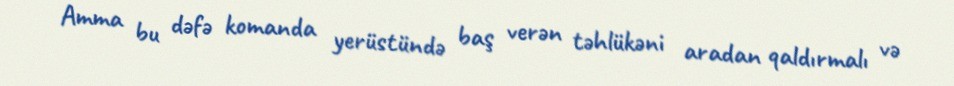
Amma bu dəfə komanda yerüstündə baş verən təhlükəni aradan qaldırmalı və